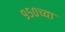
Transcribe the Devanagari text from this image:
९५०च्या